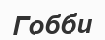
Гобби